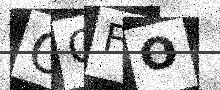
Text: OOFO